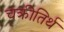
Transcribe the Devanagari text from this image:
चक्रीतिर्थ